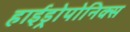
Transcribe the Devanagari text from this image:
हाईड्रोपोनिक्स